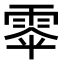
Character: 𮦎